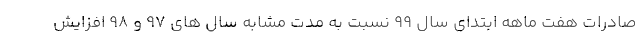
صادرات هفت ماهه ابتدای سال 99 نسبت به مدت مشابه سال های 97 و 98 افزایش